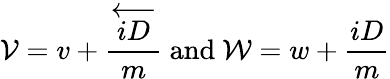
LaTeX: {\cal V}=v+\frac{\stackrel{\longleftarrow}{iD}}{m}\mathrm{~and~}{\cal W}=w+\frac{iD}{m}